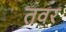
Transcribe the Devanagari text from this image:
तवर